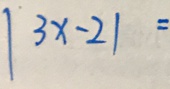
\vert 3 x - 2 \vert =